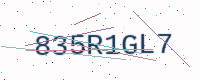
Text: 835R1GL7